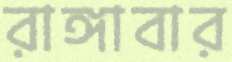
রাঙ্গাবার